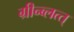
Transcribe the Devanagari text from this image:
ग्रीन्ब्लत्त्